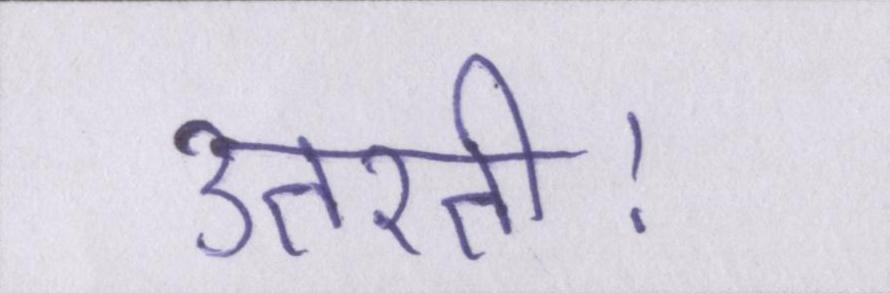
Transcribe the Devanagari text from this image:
उतरती।